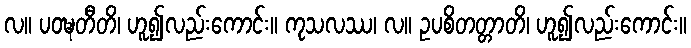
လ။ ပဝဍ္ဎတီတိ၊ ဟူ၍လည်းကောင်း။ ကုသလဿ၊ လ။ ဥပစိတတ္တာတိ၊ ဟူ၍လည်းကောင်း။